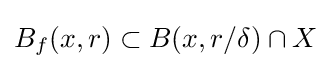
B_{f}(x,r)\subset B(x,r/\delta )\cap X